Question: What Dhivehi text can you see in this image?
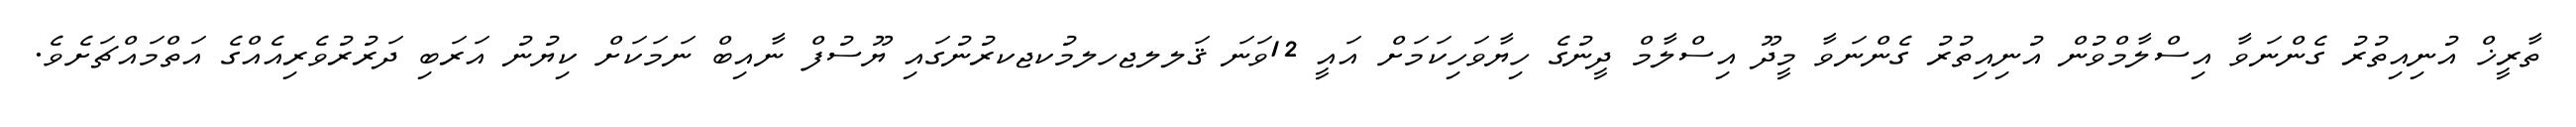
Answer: ތާރީޚް އުނިއިތުރު ގެންނަވާ އިސްލާމްވުން އުނިއިތުރު ގެންނަވާ މީދޫ އިސްލާމް ދީނުގެ ހިޔާވަހިކަމަށް އައީ 12ވަނަ ޤަލލޖހލމުކޖކރުނުގައި ޔޫސުފް ނާއިބް ނަމަކަށް ކިޔުނު އަރަބި ދަރުރުވެރިއެއްގެ އަތްމައްޗަށެވެ.